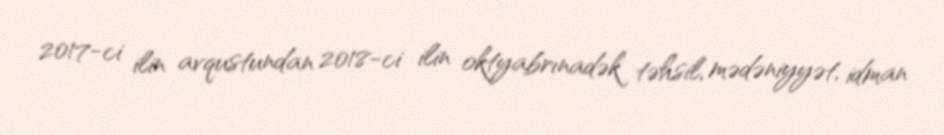
2017-ci ilin avqustundan 2018-ci ilin oktyabrınadək təhsil, mədəniyyət, idman